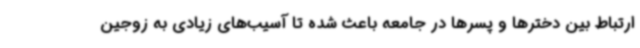
ارتباط بین دخترها و پسرها در جامعه باعث شده تا آسیب‌های زیادی به زوجین